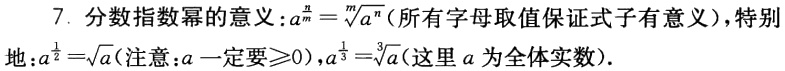
7. 分数指数幂的意义：\(a^{\frac{n}{m}} = \sqrt[m]{a^{n}}\)（所有字母取值保证式子有意义），特别地：\(a^{\frac{1}{2}}=\sqrt{a}\)（注意：\(a\)一定要\(\geqslant0\)），\(a^{\frac{1}{3}}=\sqrt[3]{a}\)（这里\(a\)为全体实数）.